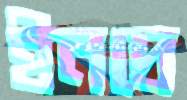
ইনদ্রে